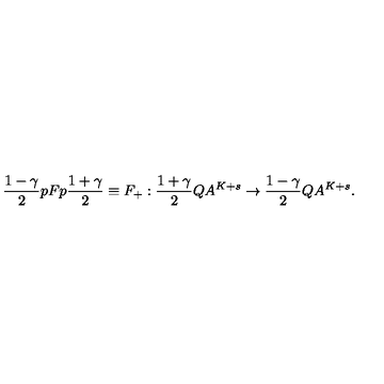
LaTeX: \frac { 1 - \gamma } { 2 } p F p \frac { 1 + \gamma } { 2 } \equiv F _ { + } : \frac { 1 + \gamma } { 2 } Q A ^ { K + s } \rightarrow \frac { 1 - \gamma } { 2 } Q A ^ { K + s } .